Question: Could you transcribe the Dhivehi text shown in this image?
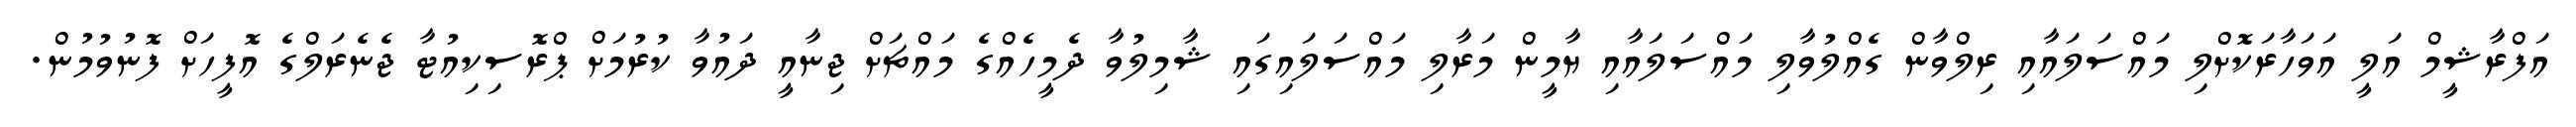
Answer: އަފްރާޝީމް އަލީ އަވަހާރަކޮށްލި މައްސަލައާއި ރިލްވާން ގެއްލުވާލި މައްސަލައާއި ޔާމީން މަރާލި މައްސަލައިގައި ޝާމިލުވާ ދެމީހެއްގެ މައްޗަށް ޖިނާއީ ދައުވާ ކުރުމަށް ޕްރޮސިކިއުޓާ ޖެނެރަލްގެ އޮފީހަށް ފޮނުވުމުން.